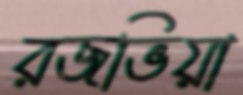
রজভিয়া